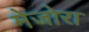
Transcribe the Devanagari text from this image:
मेजोरा